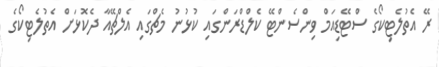
ރޭ އެތުލެޓިކޯގެ ސްޓޭޑިއަމް ވިންސެންޓޭ ކެލްޑްރަންގައި ކުޅުނު މެޗްގައި އެލްޗޭއާ ދެކޮޅަށް އެތުލެޓިކޯގެ